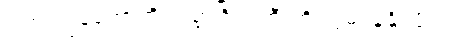
ဒါက ကျွန်တော်တို့ ကမ္ဘာဂြိုလ်ကြီးကို လွမ်းခြုံနိုင်ဖို့ပါပဲ။